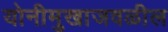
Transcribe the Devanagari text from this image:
योनीमुखाजवळील